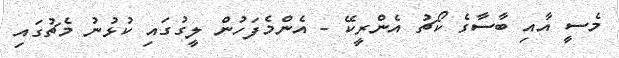
މެސީ އާއި ބާސާގެ ކޯޗު އެންރީކޭ - އެންމެފަހުން ލީގުގައި ކުޅުނު މެޗުގައި